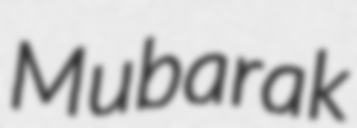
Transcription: Mubarak